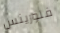
فلورينس